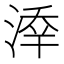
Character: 𣸖